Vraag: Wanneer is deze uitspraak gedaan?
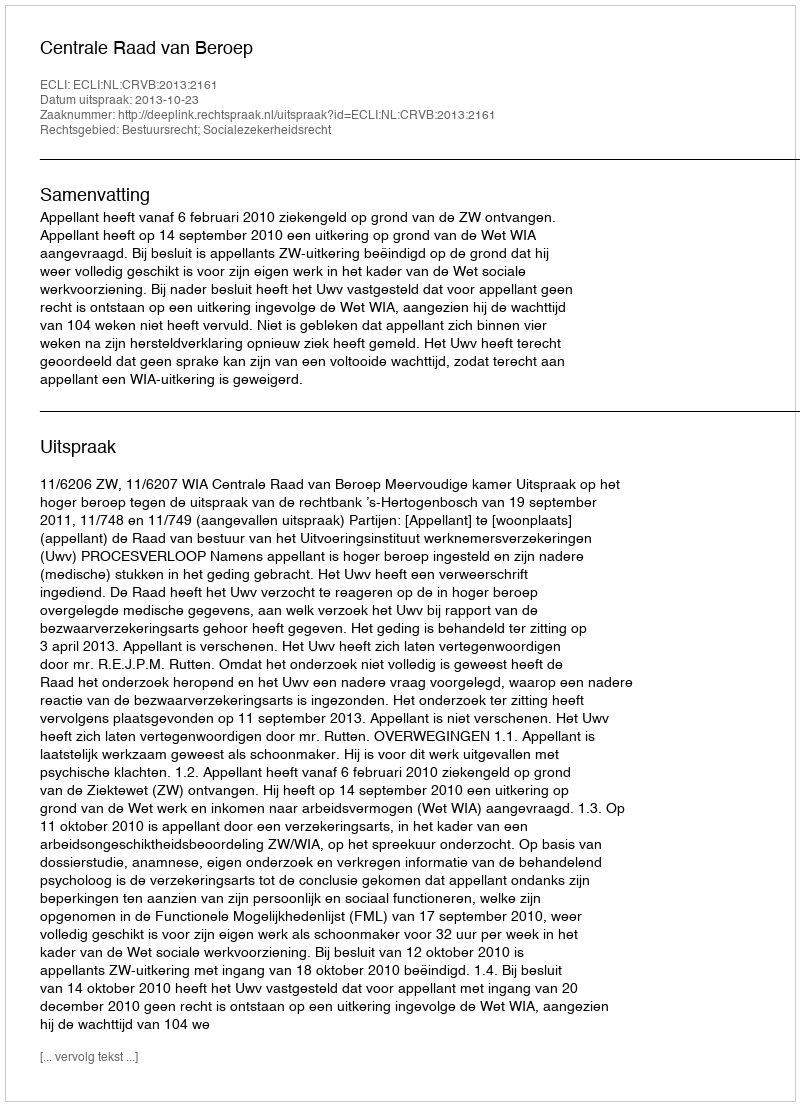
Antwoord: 2013-10-23